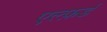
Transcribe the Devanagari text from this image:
एल्फ़र्ड